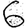
Digit: 6